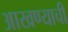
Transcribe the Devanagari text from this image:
आखण्याची